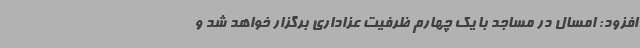
افزود: امسال در مساجد با یک چهارم ظرفیت عزاداری برگزار خواهد شد و